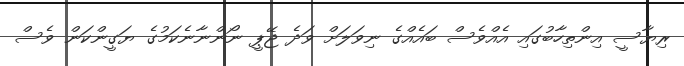
ރިޔާސީ އިންތިހާބުގައި އެއްވެސް ބައެއްގެ ނިވަލަށް ވަދެ ޖޭޕީ ނޯންނާނެކަމުގެ ޔަގީންކަން ވެސް